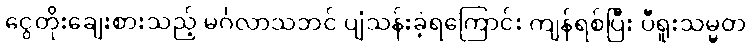
ငွေတိုးချေးစားသည့် မင်္ဂလာသဘင် ပျံသန်းခဲ့ရကြောင်း ကျန်ရစ်ပြီး ပီရူးသမ္မတ